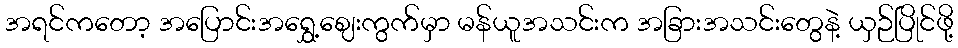
အရင်ကတော့ အပြောင်းအရွှေ့ဈေးကွက်မှာ မန်ယူအသင်းက အခြားအသင်းတွေနဲ့ ယှဉ်ပြိုင်ဖို့